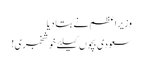
وزیراعظم نے بتا دیا
سعودی بچوں کیلئے خوشخبری!